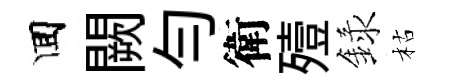
囬闕勻衛殪録枯